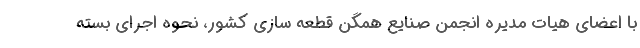
با اعضای هیات مدیره انجمن صنایع همگن قطعه سازی کشور، نحوه اجرای بسته